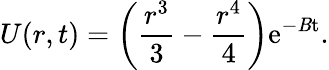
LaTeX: {}U(r,t)=\left(\frac{r^{3}}{3}-\frac{r^{4}}{4}\right)\mathrm{{e}^{-\mathit Bt}.}